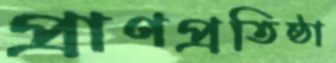
প্রাণপ্রতিষ্ঠা